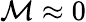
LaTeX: \mathcal{M}\approx 0